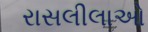
રાસલીલાઓ